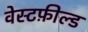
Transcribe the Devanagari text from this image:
वेस्टफ़ील्ड